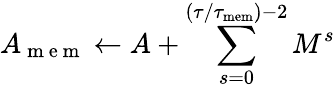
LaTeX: A_{\mathrm{~m~e~m~}}\gets A+\sum_{s=0}^{(\tau/\tau_{\mathrm{mem}})-2}M^{s}